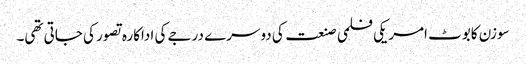
سوزن کابوٹ امریکی فلمی صنعت کی دوسرے درجے کی اداکارہ تصور کی جاتی تھی۔